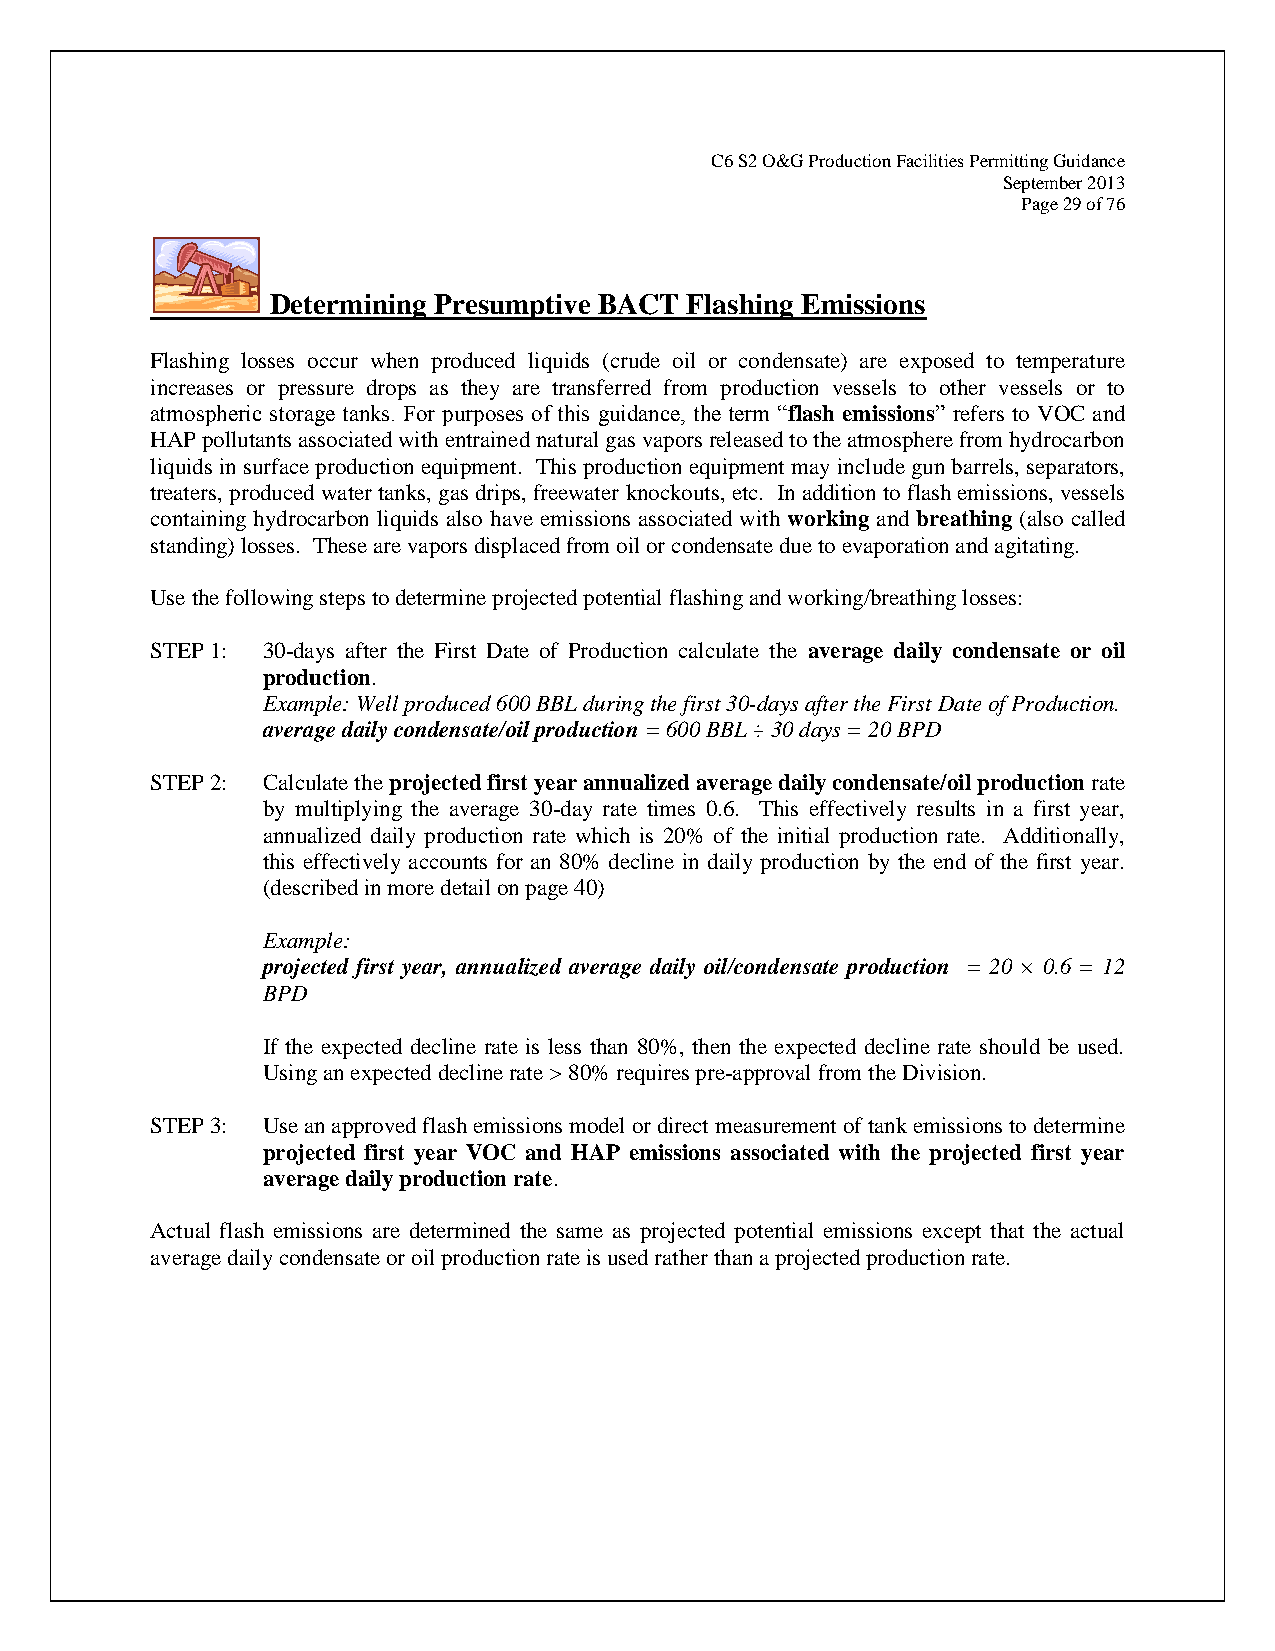
C6 S2 O&G Production Facilities Permitting Guidance
 September 2013
 Page 29 of 76
 Determining Presumptive BACT Flashing Emissions
 Flashing losses occur when produced liquids (crude oil or condensate) are exposed to temperature
 increases or pressure drops as they are transferred from production vessels to other vessels or to
 atmospheric storage tanks. For purposes of this guidance, the term “flash emissions” refers to VOC and
 HAP pollutants associated with entrained natural gas vapors released to the atmosphere from hydrocarbon
 liquids in surface production equipment. This production equipment may include gun barrels, separators,
 treaters, produced water tanks, gas drips, freewater knockouts, etc. In addition to flash emissions, vessels
 containing hydrocarbon liquids also have emissions associated with working and breathing (also called
 standing) losses. These are vapors displaced from oil or condensate due to evaporation and agitating.
 Use the following steps to determine projected potential flashing and working/breathing losses:
 STEP 1: 30-days after the First Date of Production calculate the average daily condensate or oil
 production.
 Example: Well produced 600 BBL during the first 30-days after the First Date of Production.
 average daily condensate/oil production = 600 BBL ÷ 30 days = 20 BPD
 STEP 2: Calculate the projected first year annualized average daily condensate/oil production rate
 by multiplying the average 30-day rate times 0.6. This effectively results in a first year,
 annualized daily production rate which is 20% of the initial production rate. Additionally,
 this effectively accounts for an 80% decline in daily production by the end of the first year.
 (described in more detail on page 40)
 Example:
 projected first year, annualized average daily oil/condensate production = 20 × 0.6 = 12
 BPD
 If the expected decline rate is less than 80%, then the expected decline rate should be used.
 Using an expected decline rate > 80% requires pre-approval from the Division.
 STEP 3: Use an approved flash emissions model or direct measurement of tank emissions to determine
 projected first year VOC and HAP emissions associated with the projected first year
 average daily production rate.
 Actual flash emissions are determined the same as projected potential emissions except that the actual
 average daily condensate or oil production rate is used rather than a projected production rate.